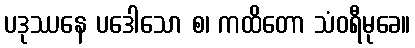
ပဒုဿနေ ပဒေါသော စ၊ ကထိတော သံဝရီမုခေ။